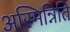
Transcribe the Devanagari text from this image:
अस्मिन्निति